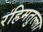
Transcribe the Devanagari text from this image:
रहिमतुल्ला